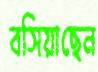
বসিয়াছেন